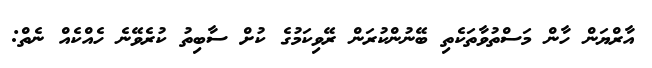
އާރްޔަން ހާން މަސްތުވާތަކެތި ބޭނުންކުރަން ރޭވިކަމުގެ ކުށް ސާބިތު ކުރެވޭނެ ހެއްކެއް ނެތް: